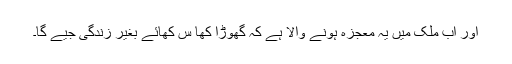
اور اب ملک میں یہ معجزہ ہونے والا ہے کہ گھوڑا کھا س کھائے بغیر زندگی جیے گا۔